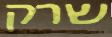
שרק